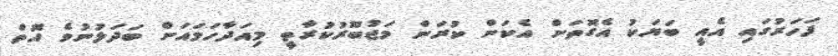
ފަހަރުގައި އެއީ ބަޔަކު އެގޮތަށް އެކަން ކުރަން މަޖުބޫރުކުރާތީ މިއަދާހަމައަށް ބަދަލުނުވެ އޮތް